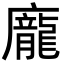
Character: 龐